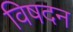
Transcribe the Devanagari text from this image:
विषदन